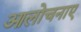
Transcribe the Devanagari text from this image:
आलोचनाए